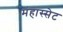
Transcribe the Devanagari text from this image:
मंहास्सेट